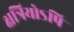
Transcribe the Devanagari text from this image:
क्षत्रियोऽपि